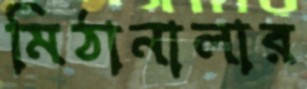
মিঠানালার